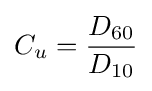
C_{u}={\frac {D_{60}}{D_{10}}}